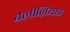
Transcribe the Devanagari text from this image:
बेलीज़ियाइ